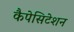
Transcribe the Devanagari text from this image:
कैपेसिटेशन